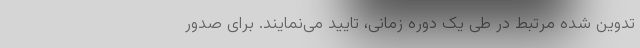
تدوین شده مرتبط در طی یک دوره زمانی، تایید می‌‌نمایند. برای صدور